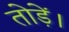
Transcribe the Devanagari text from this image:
तोड़ें।